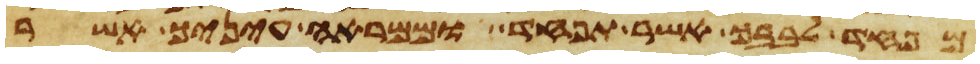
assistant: מפחד לבבך אשר תפחד וממראה עיניך אשר